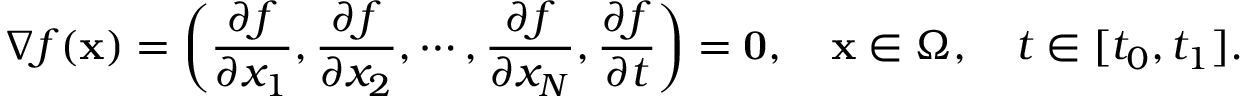
\nabla f ( \mathbf { x } ) = \left( \frac { \partial f } { \partial x _ { 1 } } , \frac { \partial f } { \partial x _ { 2 } } , \cdots , \frac { \partial f } { \partial x _ { N } } , \frac { \partial f } { \partial t } \right) = \mathbf { 0 } , \quad \mathbf { x } \in \Omega , \quad t \in [ t _ { 0 } , t _ { 1 } ] .